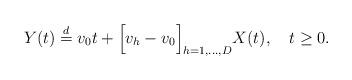
LaTeX: \begin{align*}Y(t) \stackrel{d}{=} v_0 t + \Bigl[v_h - v_0\Bigr]_{h=1,\dots,D}X(t),\ \ \ t\ge0.\end{align*}